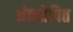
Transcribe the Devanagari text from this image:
अंतक्षेपित